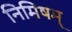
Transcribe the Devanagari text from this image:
निमिषम्